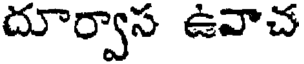
దూర్వాస ఉవాచ